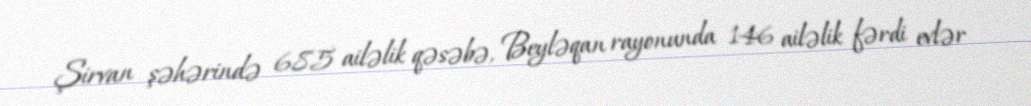
Şirvan şəhərində 685 ailəlik qəsəbə, Beyləqan rayonunda 146 ailəlik fərdi evlər